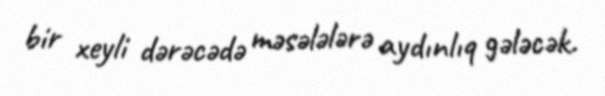
bir xeyli dərəcədə məsələlərə aydınlıq gələcək.